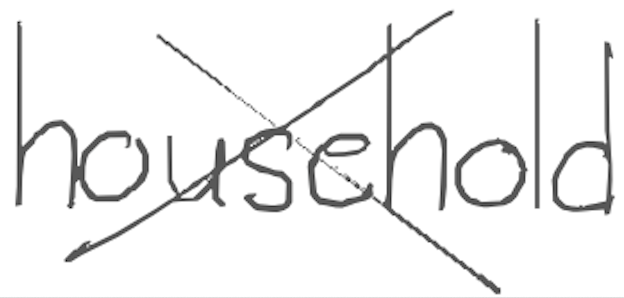
Text: household
Cross-out: cross
Writing tool: digital_gray